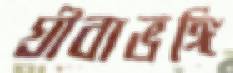
গ্রীবাভঙ্গি